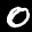
Label: 0